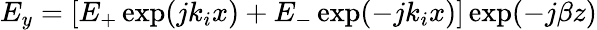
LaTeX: E_{y}=[E_{+}\exp(jk_{i}x)+E_{-}\exp(-jk_{i}x)]\exp(-j\beta z)